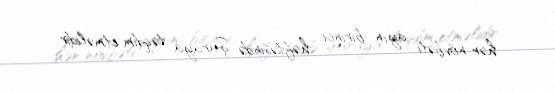
hər növbəti ayın birinci həftəsində Şuraya təqdim etməlidir.